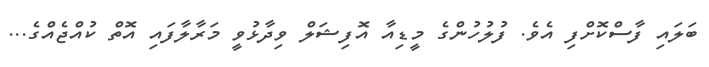
ބަލައި ފާސްކޮށްފި އެވެ. ފުލުހުންގެ މީޑިއާ އޮފިޝަލް ވިދާޅުވީ މަރާލާފައި އޮތް ކުއްޖެއްގެ...